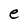
Character: e